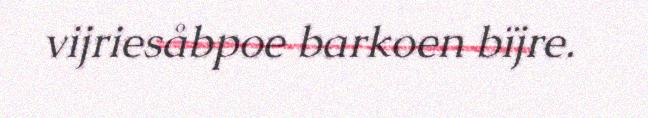
vijriesåbpoe barkoen bïjre.